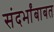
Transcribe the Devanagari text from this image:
संदर्भांबाबत